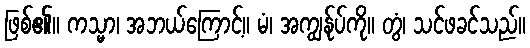
ဖြစ်၏။ ကသ္မာ၊ အဘယ်ကြောင့်။ မံ၊ အကျွန်ုပ်ကို။ တွံ၊ သင်ဖခင်သည်။